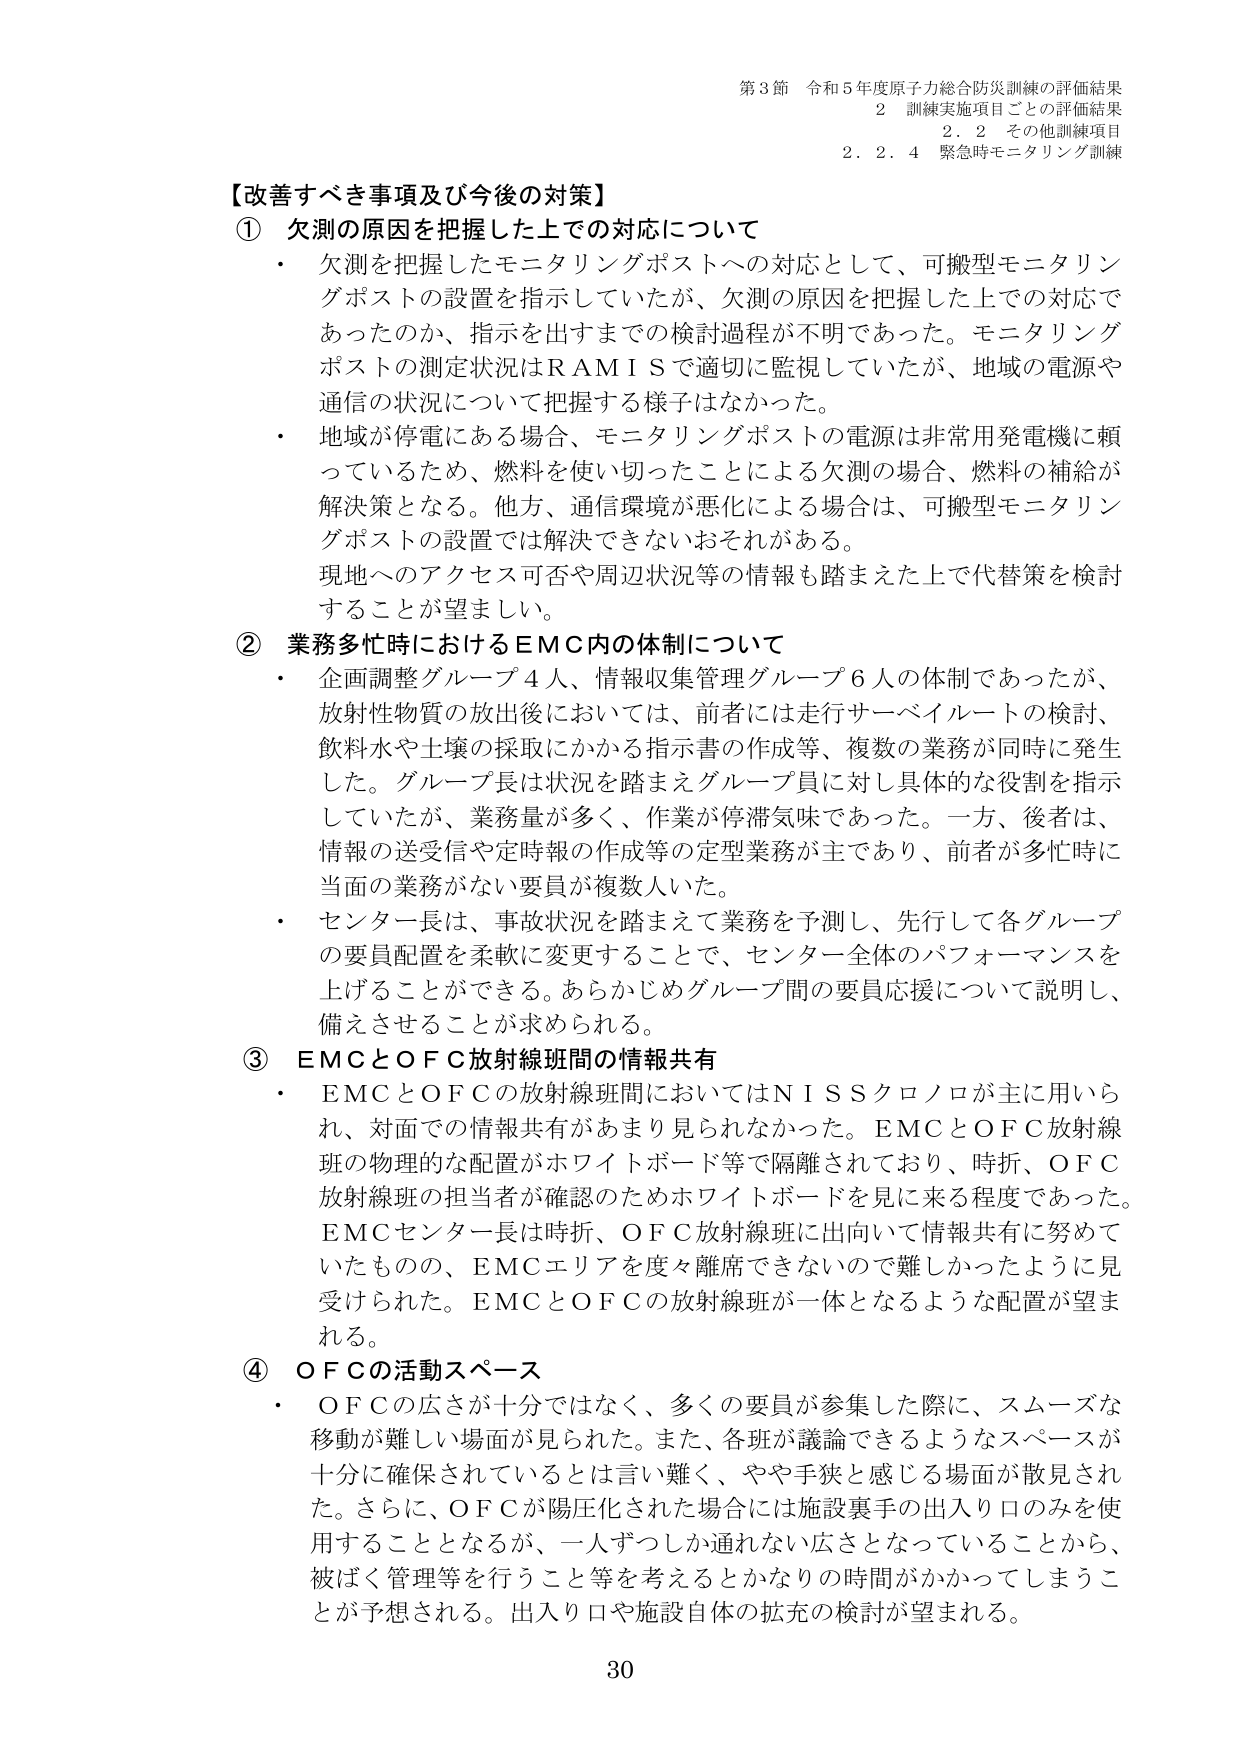
第3節 令和5年度原子力総合防災訓練の評価結果
2 訓練実施項目ごとの評価結果
2.2 その他訓練項目
2.2.4 緊急時モニタリング訓練

【改善すべき事項及び今後の対策】
① 欠測の原因を把握した上での対応について
・ 欠測を把握したモニタリングポストへの対応として、可搬型モニタリングポストの設置を指示していたが、欠測の原因を把握した上での対応であったのか、指示を出すまでの検討過程が不明であった。モニタリングポストの測定状況はRAMISで適切に監視していたが、地域の電源や通信の状況について把握する様子はなかった。
・ 地域が停電にある場合、モニタリングポストの電源は非常用発電機に頼っているため、燃料を使い切ったことによる欠測の場合、燃料の補給が解決策となる。他方、通信環境が悪化による場合は、可搬型モニタリングポストの設置では解決できないおそれがある。現地へのアクセス可否や周辺状況等の情報も踏まえた上で代替策を検討することが望ましい。

② 業務多忙時におけるEMC内の体制について
・ 企画調整グループ4人、情報収集管理グループ6人の体制であったが、放射性物質の放出後においては、前者には走行サーベイルートの検討、飲料水や土壌の採取にかかる指示書の作成等、複数の業務が同時に発生した。グループ長は状況を踏まえグループ員に対し具体的な役割を指示していたが、業務量が多く、作業が停滞気味であった。一方、後者は、情報の送受信や定時報の作成等の定型業務が主であり、前者が多忙時に当面の業務がない要員が複数人いた。
・ センター長は、事故状況を踏まえて業務を予測し、先行して各グループの要員配置を柔軟に変更することで、センター全体のパフォーマンスを上げることができる。あらかじめグループ間の要員応援について説明し、備えさせることが求められる。

③ EMCとOFC放射線班間の情報共有
・ EMCとOFCの放射線班間においてはNISSクロノロが主に用いられ、対面での情報共有があまり見られなかった。EMCとOFC放射線班の物理的な配置がホワイトボード等で隔離されており、時折、OFC放射線班の担当者が確認のためホワイトボードを見に来る程度であった。EMCセンター長は時折、OFC放射線班に出向いて情報共有に努めていたものの、EMCエリアを度々離席できないので難しかったように見受けられた。EMCとOFCの放射線班が一体となるような配置が望まれる。

④ OFCの活動スペース
・ OFCの広さが十分ではなく、多くの要員が参集した際に、スムーズな移動が難しい場面が見られた。また、各班が議論できるようなスペースが十分に確保されているとは言い難く、やや手狭と感じる場面が散見された。さらに、OFCが陽圧化された場合には施設裏手の出入り口のみを使用することとなるが、一人ずつしか通れない広さとなっていることから、被ばく管理等を行うこと等を考えるとかなりの時間がかかってしまうことが予想される。出入り口や施設自体の拡充の検討が望まれる。

30